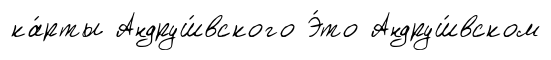
ка́рты Андруш́вского Э́то Андруш́вском